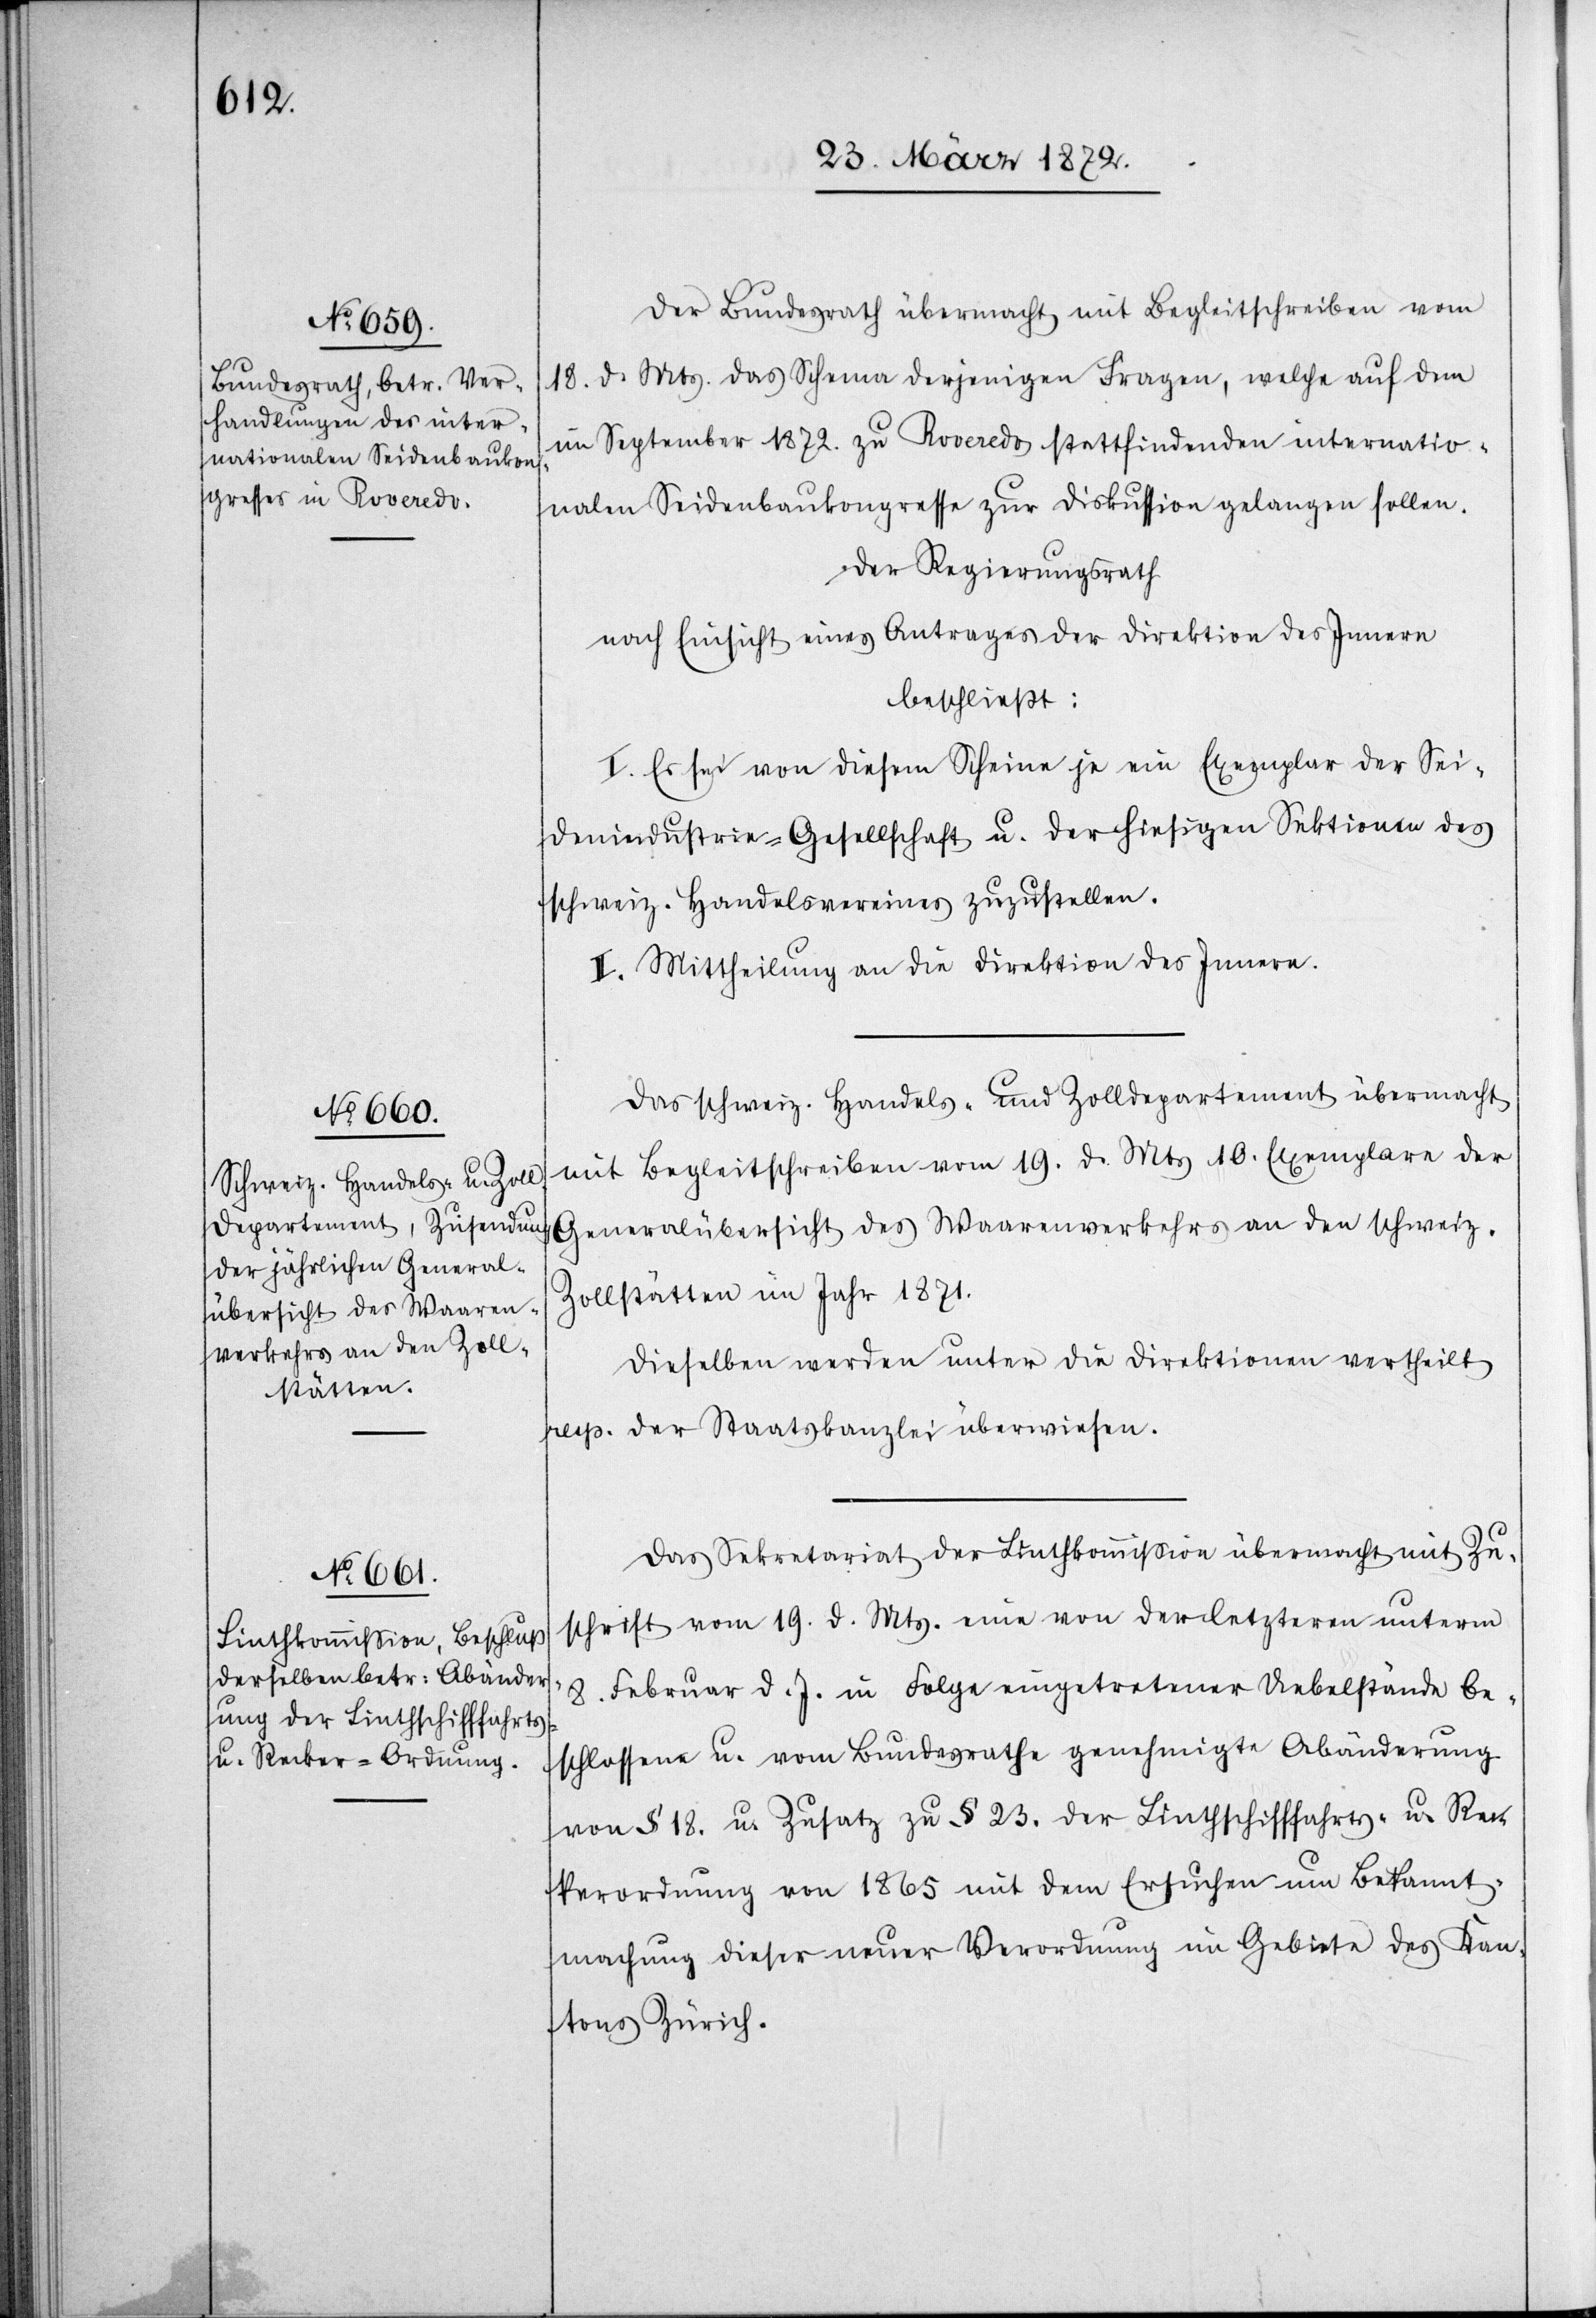
Der Bundesrath übermacht mit Begleitschreiben vom
18. d. Mts. das Schema derjenigen Fragen, welche auf dem
im September 1872. zu Roveredo stattfindenden internatio¬
nalen Seidenbaukongresse zur Diskussion gelangen sollen.
Der Regierungsrath
nach Einsicht eines Antrages der Direktion des Innern
beschließt:
I. Es sei von diesem Scheine je ein Exemplar der Sei¬
denindustrie-Gesellschaft u. der hiesigen Sektionen
schweiz. Handelsvereines zuzustellen.
II. Mittheilung an die Direktion des Innern.
Das schweiz. Handels- und Zolldepartement übermacht
mit Begleitschreiben vom 19. d. Mts 10. Exemplare der
Generalübersicht des Waarenverkehrs an den schweiz.
Zollstätten im Jahr 1871.
Dieselben werden unter die Direktionen vertheilt
resp. der Staatskanzlei überwiesen.
Das Sekretariat der Linthkommission übermacht mit Zu¬
schrift vom 19. d. Mts. eine von der letzteren unterm
8. Februar d. J. in Folge eingetretener Uebelstände be¬
schlossene u. vom Bundesrathe genehmigte Abänderung
von § 18. u. Zusatz zu § 23. der Linthschifffahrts- u. Rec¬
kerordnung von 1865 mit dem Ersuchen um Bekannt¬
machung dieser neuen Verordnung im Gebiete des Kan¬
tons Zürich.